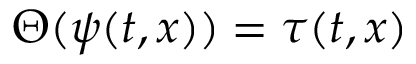
\Theta ( \psi ( t , x ) ) = \tau ( t , x )